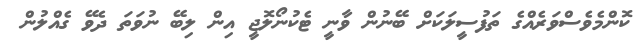
ކޮންމެވެސްވަރެއްގެ ތަފުސީލަކަށް ބޭނުން ވާނީ ޓެކުނޯލޮޖީ އިން ލިބޭ ނުވަތަ ދެވޭ ގެއްލުން